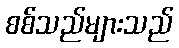
စစ်သည်များသည်